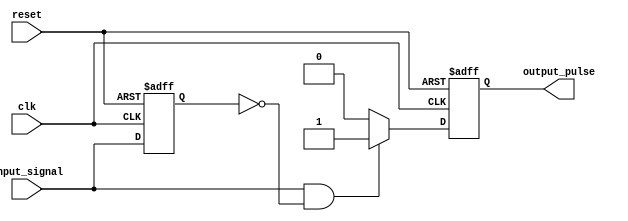
module positive_edge_detector (
    input wire clk,              // Clock signal
    input wire reset,            // Asynchronous reset signal
    input wire input_signal,      // Input signal to detect edges
    output reg output_pulse      // Output pulse indicating edge detection
);

    reg prev_state;              // Register to hold the previous state of the input signal

    // Asynchronous reset and edge detection logic
    always @(posedge clk or posedge reset) begin
        if (reset) begin
            prev_state <= 0;     // Reset previous state to 0
            output_pulse <= 0;   // Reset output pulse to 0
        end else begin
            // Edge detection logic
            if (input_signal == 1 && prev_state == 0) begin
                output_pulse <= 1; // Generate pulse on positive edge
            end else begin
                output_pulse <= 0; // Clear pulse otherwise
            end
            prev_state <= input_signal; // Update previous state
        end
    end

endmodule